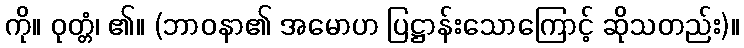
ကို။ ဝုတ္တံ၊ ၏။ (ဘာဝနာ၏ အမောဟ ပြဋ္ဌာန်းသောကြောင့် ဆိုသတည်း)။